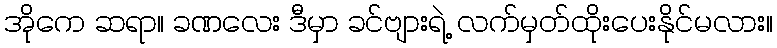
အိုကေ ဆရာ။ ခဏလေး ဒီမှာ ခင်ဗျားရဲ့ လက်မှတ်ထိုးပေးနိုင်မလား။